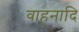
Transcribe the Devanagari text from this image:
वाहनादि